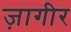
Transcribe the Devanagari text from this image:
ज़ागीर